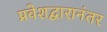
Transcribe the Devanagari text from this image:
प्रवेशद्वारानंतर